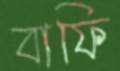
বাফি